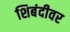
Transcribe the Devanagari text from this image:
शिबंदीवर